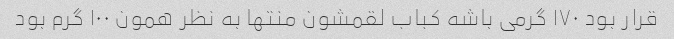
قرار بود ۱۷۰ گرمی باشه کباب لقمشون منتها به نظر همون ۱۰۰ گرم بود